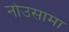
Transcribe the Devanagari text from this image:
नोउसामा